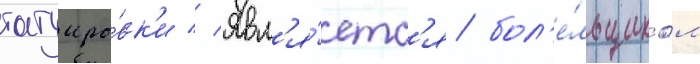
татуиро́вк'и // Явл'я́етс'я бол'е́льщиком